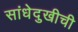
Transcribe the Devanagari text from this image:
सांधेदुखीची